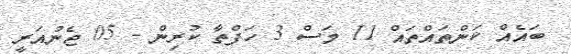
ބައެއް ކަންތައްތައް 11 މަސް 3 ހަފްތާ ކުރިން - 05 ޖެނުއަރީ